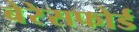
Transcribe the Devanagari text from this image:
बेरेसफोर्ड